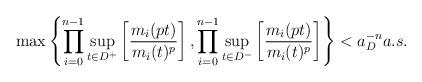
LaTeX: \begin{align*}\max\left\{\prod_{i=0}^{n-1}\sup_{t\in D^+}\left[\frac{m_i(pt)}{m_i(t)^p}\right],\prod_{i=0}^{n-1}\sup_{t\in D^-}\left[\frac{m_i(pt)}{m_i(t)^p}\right]\right\}<a_D^{-n}a.s.\end{align*}